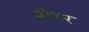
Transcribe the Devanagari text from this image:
शैरर